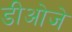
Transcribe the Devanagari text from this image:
डीओजे